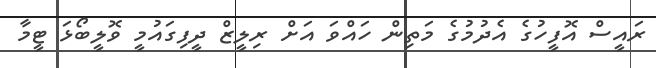
ރައީސް އޮފީހުގެ އެދުމުގެ މަތިން ހައްވަ އަށް ރިލީޒް ދީފިގައުމީ ވޮލީބޯޅަ ޓީމާ